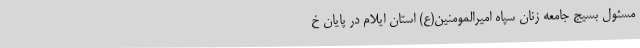
مسئول بسیج جامعه زنان سپاه امیرالمومنین(ع) استان ایلام در پایان خ